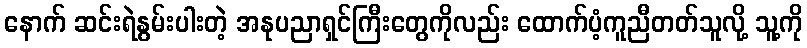
နောက် ဆင်းရဲနွမ်းပါးတဲ့ အနုပညာရှင်ကြီးတွေကိုလည်း ထောက်ပံ့ကူညီတတ်သူလို့ သူ့ကို